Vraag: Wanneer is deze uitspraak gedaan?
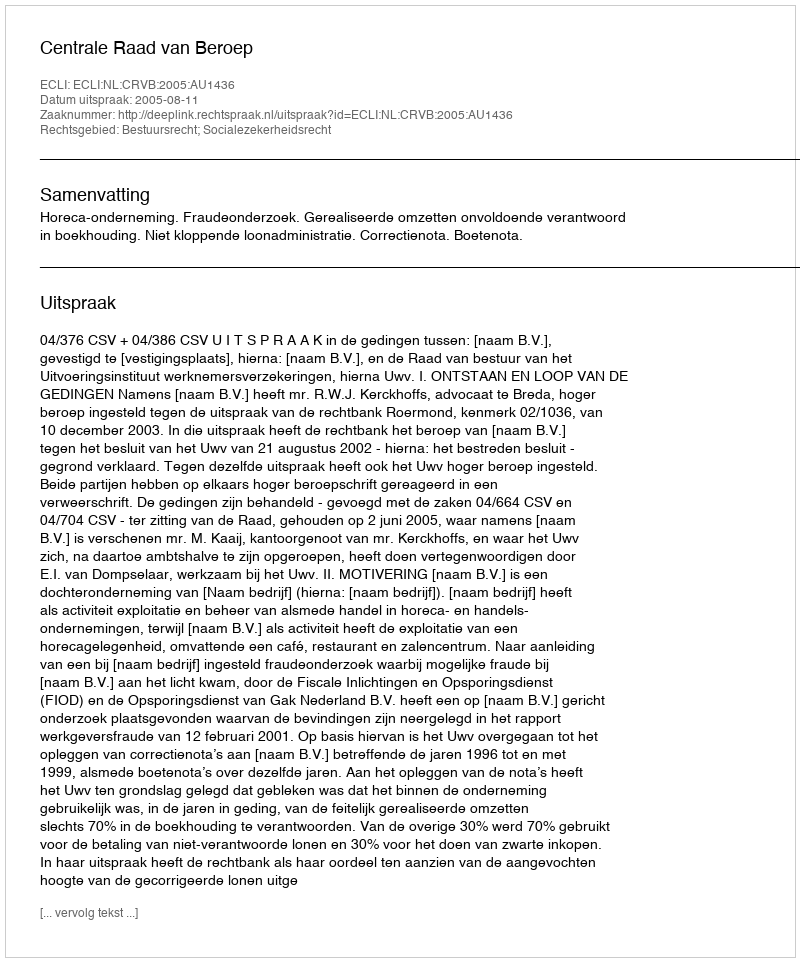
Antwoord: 2005-08-11